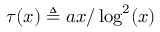
\tau ( x ) \triangleq a x / \log ^ { 2 } ( x )